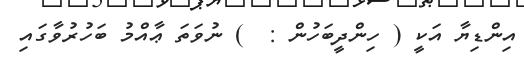
އިންޑިޔާ އަކީ ( ހިންދީބަހުން :  ) ނުވަތަ ޢާއްމު ބަހުރުވާގައި